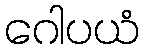
ဂေါပယံ